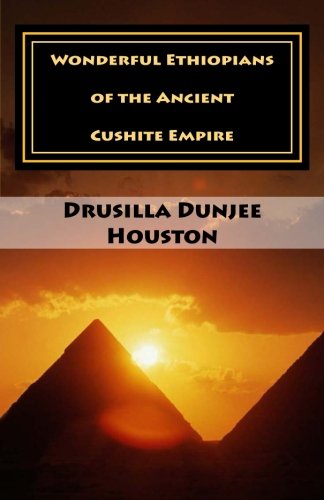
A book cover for Wonderful Ethiopians of the Ancient Cushite Empire; Drusilla Dunjee Houston; History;